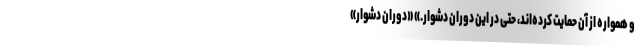
و همواره از آن حمایت کرده‌اند، حتی در این دوران‌ دشوار.» «دوران دشوار»